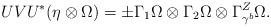
LaTeX: \begin{align*}UVU^*(\eta \otimes \Omega)=\pm \Gamma_1 \Omega \otimes \Gamma_2 \Omega \otimes \Gamma^Z_{\gamma^b} \Omega. \end{align*}